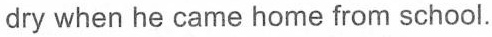
dry when he came home from school.